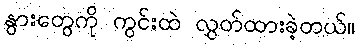
နွားတွေကို ကွင်းထဲ လွှတ်ထားခဲ့တယ်။